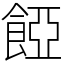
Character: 𩜄